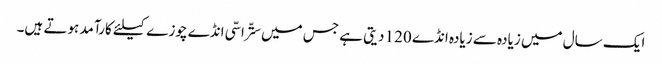
ایک سال میں زیادہ سے زیادہ انڈے 120 دیتی ہے جس میں ستّراسّی انڈے چوزے کیلئے کارآمد ہوتے ہیں۔